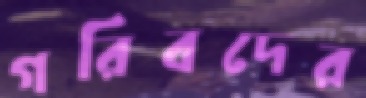
গরিবদের